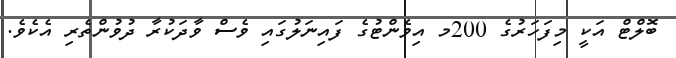
ބޮލްޓް އަކީ މިފަހަރުގެ 200މ އިވެންޓުގެ ފައިނަލުގައި ވެސް ވާދަކުރާ ދުވުންތެރި އެކެވެ.